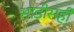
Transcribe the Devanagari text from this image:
साडीसही